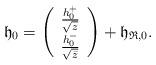
LaTeX: \begin{align*}\mathfrak{h}_0=\left( \begin{array}{c}\frac{h_0^+}{\sqrt{z}} \\\frac{h^-_0}{\sqrt{\bar{z}}} \end{array} \right)+\mathfrak{h}_{\mathfrak{R},0}.\end{align*}